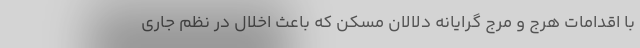
با اقدامات هرج و مرج گرایانه دلالان مسکن که باعث اخلال در نظم جاری